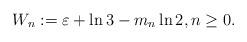
LaTeX: \begin{align*}W_n := \varepsilon + \ln3 - m_n \ln2,n \geq 0.\end{align*}